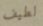
لطيف